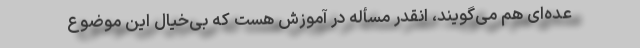
عده‌ای هم می‌گویند، انقدر مسأله در آموزش هست که بی‌خیال این موضوع